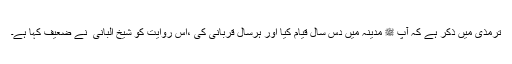
ترمذی میں ذکر ہے کہ آپ ﷺ مدینہ میں دس سال قیام کیا اور ہرسال قربانی کی ،اس روایت کو شیخ البانی ؒ نے ضعیف کہا ہے۔